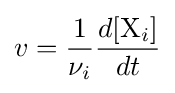
v={\frac {1}{\nu _{i}}}{\frac {d[\mathrm {X} _{i}]}{dt}}